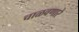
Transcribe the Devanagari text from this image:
चाळवणारे